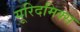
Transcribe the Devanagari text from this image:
यूरिदमिक्स